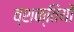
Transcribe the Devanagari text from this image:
व्शक्तियों